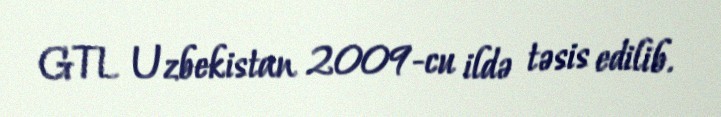
GTL Uzbekistan 2009-cu ildə təsis edilib.